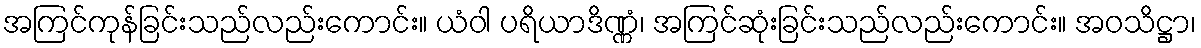
အကြင်ကုန်ခြင်းသည်လည်းကောင်း။ ယံဝါ ပရိယာဒိဏ္ဏံ၊ အကြင်ဆုံးခြင်းသည်လည်းကောင်း။ အဝသိဋ္ဌာ၊